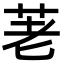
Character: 荖